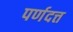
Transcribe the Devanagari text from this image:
पर्णदत्त